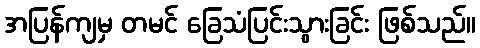
အပြန်ကျမှ တမင် ခြေသံပြင်းသွားခြင်း ဖြစ်သည်။